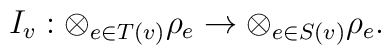
I_v: \otimes_{e\in T(v)} \rho_e \to \otimes_{e\in S(v)} \rho_e.